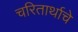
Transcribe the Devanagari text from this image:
चरितार्थाचे